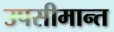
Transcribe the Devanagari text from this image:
उपसीमान्त